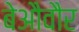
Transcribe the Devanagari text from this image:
बेऔवौर